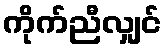
ကိုက်ညီလျှင်